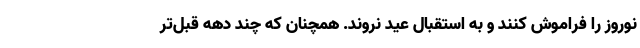
نوروز را فراموش کنند و به استقبال عید نروند. همچنان که چند دهه قبل‌تر